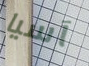
آسيا